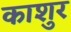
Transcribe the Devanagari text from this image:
काशुर